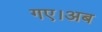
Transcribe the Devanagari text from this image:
गए।अब